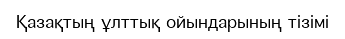
Қазақтың ұлттық ойындарының тізімі